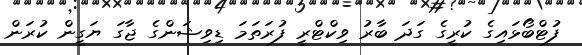
ފުޓްބޯޅައިގެ ކުރީގެ ގަދަ ބާރު ވިކްޓްރީ ފުރަތަމަ ޑިވިޝަންގެ ޖާގަ ޔަގީން ކުރަން